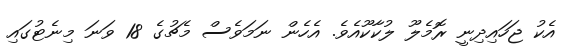
އެކު ޖަހައިދިނީ ރޮމެލޫ ލުކާކޫއެވެ. އެހެން ނަމަވެސް މެޗުގެ 18 ވަނަ މިނެޓުގައި